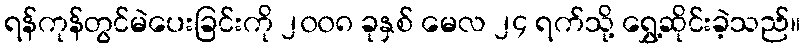
ရန်ကုန်တွင်မဲပေးခြင်းကို ၂၀၀၈ ခုနှစ် မေလ ၂၄ ရက်သို့ ရွှေ့ဆိုင်းခဲ့သည်။